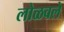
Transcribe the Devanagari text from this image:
लोळवले